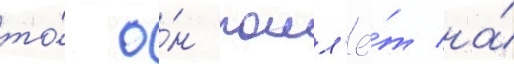
то́ о́н пошл'ё́т на́